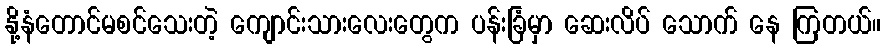
နို့နံတောင်မစင်သေးတဲ့ ကျောင်းသားလေးတွေက ပန်းခြံမှာ ဆေးလိပ် သောက် နေ ကြတယ်။